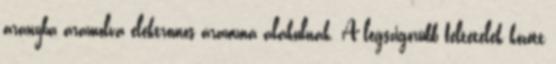
aranyba áramolva elektromos árammá alakulnak. A legszigorúbb feltételek között